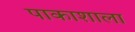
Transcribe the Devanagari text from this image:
पाकाशाला